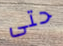
حتى